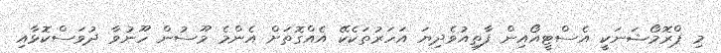
މި ޕްރޮމޯޝަނަކީ އެސްޓީއޯއިން ފާތިއުވެދިޔަ އަހަރުތަކެކޭ އެއްގޮތަށް އެންމެ މޫސުން ހޫނުވާ ދުވަސްކޮޅާއި